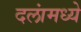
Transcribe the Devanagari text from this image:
दलांमध्ये